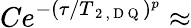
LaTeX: Ce^{-(\tau/T_{\mathrm{~2~,~D~Q~}})^{p}}\approx